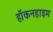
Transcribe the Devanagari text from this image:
हॉकनहाइम